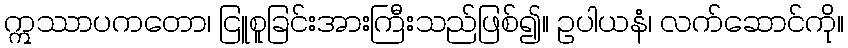
ဣဿာပကတော၊ ငြူစူခြင်းအားကြီးသည်ဖြစ်၍။ ဥပါယနံ၊ လက်ဆောင်ကို။